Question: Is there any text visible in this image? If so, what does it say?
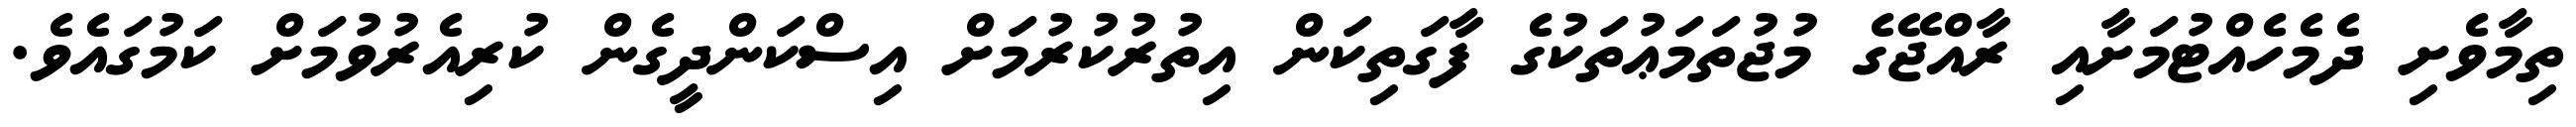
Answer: ތިމާވެށި ދެމެހެއްޓުމަށާއި ރާއްޖޭގެ މުޖުތަމަޢުތަކުގެ ފާގަތިކަން އިތުރުކުރުމަށް އިސްކަންދީގެން ކުރިއެރުވުމަށް ކަމުގައެވެ.